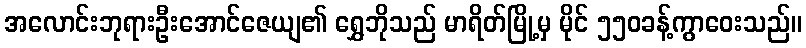
အလောင်းဘုရားဦးအောင်ဇေယျ၏ ရွှေဘိုသည် မာရိတ်မြို့မှ မိုင် ၅၅၀ခန့်ကွာဝေးသည်။